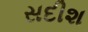
સદીશ